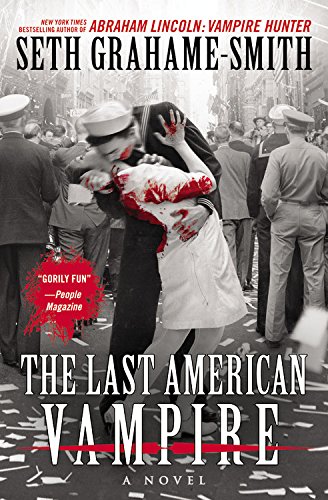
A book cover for The Last American Vampire; Seth Grahame-Smith; Science Fiction & Fantasy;